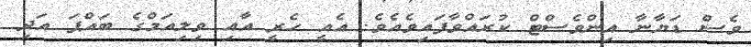
ވެސް ޑަޔާނާ އިންވެސްޓް ކުރައްވާފައިވެއެވެ. އެއީ ހެރީ އާއި ވިލިއަމްގެ ބައްޕަ އަދި